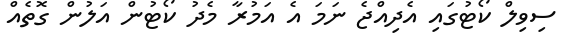
ސިވިލް ކޯޓުގައި އެދިއްޖެ ނަމަ އެ އަމުރާ މެދު ކޯޓުން އަލުން ގޮތެއް